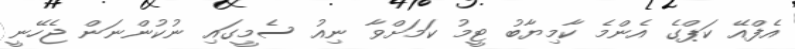
އެފްއޭ ކަޕްގެ އެންމެ ކާމިޔާބު ޓީމު ކަމަށްވާ ނިއު ސެމީގައި ނުކުންނަން ޖެހޭނީ